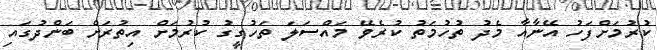
ކުރުމަށްފަހު އޭނާއާ މެދު ތުހުމަތު ކުރެވޭ މައްސަލަ ތަހުގީގު ކުރުމަށް އިތުރަށް ބަންދުގައި